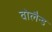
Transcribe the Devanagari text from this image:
वोलैन्ड